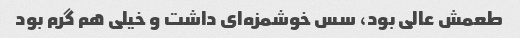
طعمش عالی بود، سس خوشمزه‌ای داشت و خیلی هم گرم بود